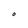
Character: O